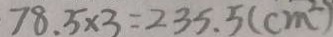
7 8 . 5 \times 3 = 2 3 5 . 5 ( c m ^ { 2 } )